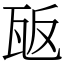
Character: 瓪